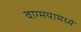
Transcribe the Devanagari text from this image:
वाग्मयामध्ये